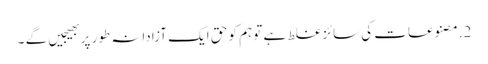
2.مصنوعات کی سائز غلط ہے تو ہم کو حق ایک آزادانہ طور پر بھیجیں گے ۔